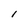
Character: l